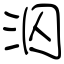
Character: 泅